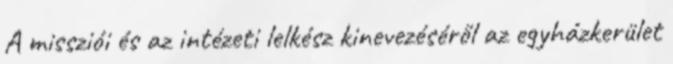
A missziói és az intézeti lelkész kinevezéséről az egyházkerület